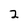
Character: 2